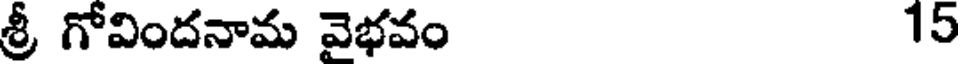
శ్రీ గోవిందనామ వెభవం 15